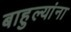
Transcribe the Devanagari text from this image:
बाहुल्यांना